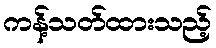
ကန့်သတ်ထားသည့်